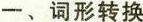
一、词形转换